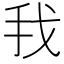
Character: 𰓂